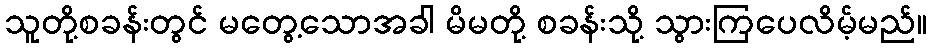
သူတို့စခန်းတွင် မတွေ့သောအခါ မိမတို့ စခန်းသို့ သွားကြပေလိမ့်မည်။